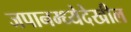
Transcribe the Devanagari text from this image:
जपानम्ध्येदेखील